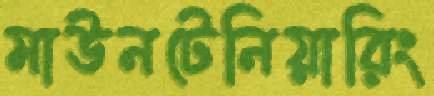
মাউনটেনিয়ারিং